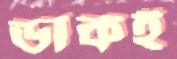
ডাকই